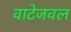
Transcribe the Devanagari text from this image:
वाटेजवल